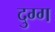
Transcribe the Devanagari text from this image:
दुग्ग